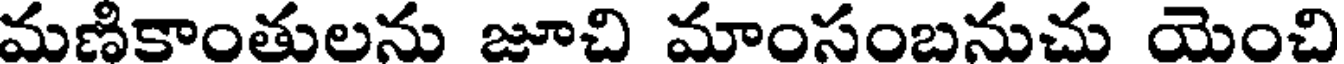
మణికాంతులను జూచి మాంసంబనుచు యెంచి